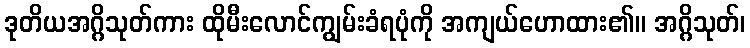
ဒုတိယအဂ္ဂိသုတ်ကား ထိုမီးလောင်ကျွမ်းခံရပုံကို အကျယ်ဟောထား၏။ အဂ္ဂိသုတ်၊